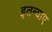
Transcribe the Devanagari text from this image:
इतन्याए